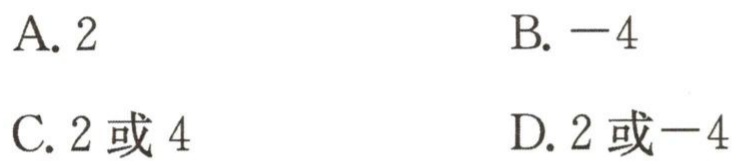
A. \(2\)
B. \(-4\)
C. \(2\)或\(4\)
D. \(2\)或\(-4\)